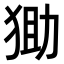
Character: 𤞩